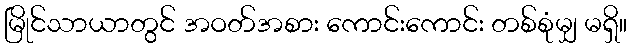
မြိုင်သာယာတွင် အဝတ်အစား ကောင်းကောင်း တစ်စုံမျှ မရှိ။